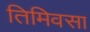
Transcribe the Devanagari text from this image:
तिमिवसा